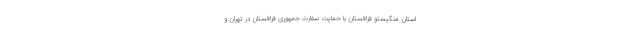
استان منگیستو قزاقستان با حمایت سفارت جمهوری قزاقستان در تهران و